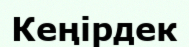
Кеңірдек